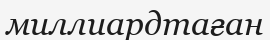
миллиардтаған